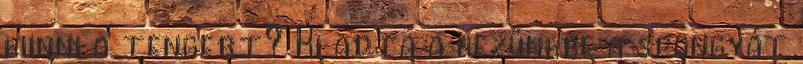
kiinni a tengert? Ki adta a kezünkbe a spongyát